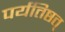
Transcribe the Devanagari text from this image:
पर्यतिष्ठत्